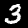
Digit: 3